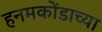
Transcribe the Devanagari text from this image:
हनमकोंडाच्या